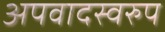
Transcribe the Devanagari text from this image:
अपवादस्वरुप